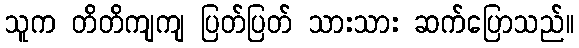
သူက တိတိကျကျ ပြတ်ပြတ် သားသား ဆက်ပြောသည်။